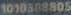
1010308805